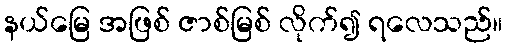
နယ်မြေ အဖြစ် ဇာစ်မြစ် လိုက်၍ ရလေသည်။